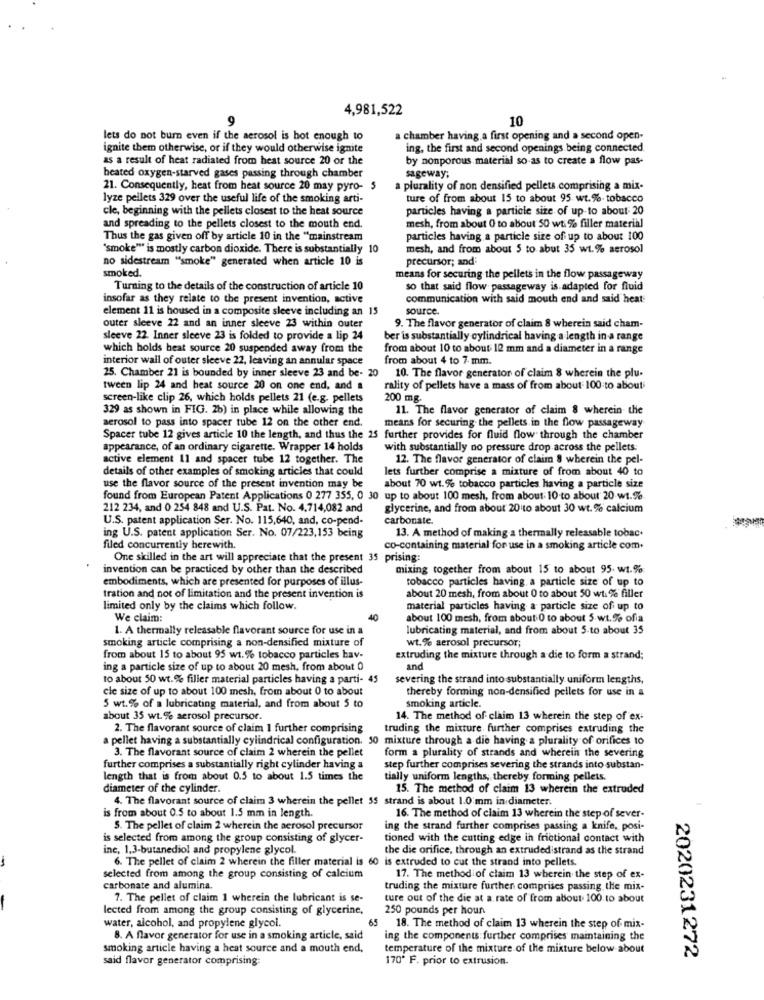
4,981,522
10
lets do not burn even if the aerosol is hot enough to
a chamber having a first opening and a second open-
ignite them otherwise, or if they would otherwise ignite
ing, the first and second openings being connected.
as a result of heat radiated from heat source 20 or the
by nonporous material so as to create a flow pas-
beated oxygen-starved gases passing through chamber
sageway;
21. Consequently, heat from heat source 20 may pyro- 5
a plurality of non densified pellets comprising a mix-
lyze pellets 329 over the useful life of the smoking arti-
ture of from about 15 to about 95. wt.%. tobacco
cle, beginning with the pellets closest to the heat source
particles having a particle size of up to about 20
and spreading to the pellets closest to the mouth end.
mesh, from about 0 to about 50 wt % filler material
Thus the gas given off by article 10 in the "mainstream
particles having a particle size of up to about 100
"smoke"" is mostly carbon dioxide. There is substantially 10
mesh, and from about 5 to abut 35 wt.% aerosol
no sidestream "smoke" generated when article 10 is
precursor; and
smoked.
means for securing the pellets in the flow passageway
Turning to the details of the construction of article 10
so that said flow passageway is adapted for fluid
insofar as they relate to the present invention, active
communication with said mouth end and said heat
element 11 is housed in a composite sleeve including an 15
source.
9. The flavor generator of claim 8 wherein said cham-
outer sleeve 22 and an inner sleeve 23 within outer
sleeve 22. Inner sleeve 23 is folded to provide a lip 24
ber is substantially cylindrical having a length in a range
which holds heat source 20 suspended away from the
from about 10 to about 12 mm and a diameter in a range
interior wall of outer sleeve 22, leaving an annular space
from about 4 to 7- mm.
25. Chamber 21 is bounded by inner sleeve 23 and be- 20 10. The flavor generator of claim 8 wherein the plu-
tween lip 24 and heat source 20 on one end, and a
rality of pellets have a mass of from about 100 to about
screen-like clip 26, which holds pellets 21 (e.g. pellets
200 mg.
329 as shown in FIG. 2b) in place while allowing the
11. The flavor generator of claim 8 wherein the
aerosol to pass into spacer tube 12 on the other end.
means for securing the pellets in the flow passageway
Spacer tube 12 gives article 10 the length, and thus the 25 further provides for fluid flow through the chamber
appearance, of an ordinary cigarette. Wrapper 14 holds
with substantially no pressure drop across the pellets:
active element 11 and spacer tube 12 together. The
12. The flavor generator of claim 8 wherein the pel-
details of other examples of smoking articles that could
lets further comprise a mixture of from about 40 to
use the flavor source of the present invention may be
about 70 wt.% tobacco particles having a particle size
found from European Patent Applications 0 277 355, 0 30 up to about 100 mesh, from about. 10.to about 20 wt.%
212 234, and 0 254 848 and U.S. Pat. No. 4.714,082 and
glycerine, and from about 20 to about 30 wt.% calcium
U.S. patent application Ser. No. 115,640, and, co-pend-
carbonate.
13. A method of making a thermally releasable tobac.
ing U.S. patent application Ser. No. 07/223,153 being
filed concurrently herewith.
co-containing material for use in a smoking article com.
One skilled in the art will appreciate that the present 35 prising:
invention can be practiced by other than the described
mixing together from about 15 to about 95. wt.%
embodiments, which are presented for purposes of illus-
tobacco particles having a particle size of up to
about 20 mesh, from about 0 to about 50 wt. % filler
tration and not of limitation and the present invention is
limited only by the claims which follow.
material particles having a particle size of up to
We claim:
40
about 100 mesh, from about 0 to about 5 wt.% ofia
1. A thermally releasable flavorant source for use in a
lubricating material, and from about 5-to about 35
smoking article comprising a non-densified mixture of
wt.% aerosol precursor;
from about 15 to about 95 wt. % tobacco particles hav-
extruding the mixture through a die to form a strand;
ing a particle size of up to about 20 mesh. from about 0
and
to about 50 wt.% filler material particles having a parti- 45
severing the strand into substantially uniform lengths,
cle size of up to about 100 mesh, from about 0 to about
thereby forming non-densified pellets for use in a
5 wt.% of a lubricating material, and from about 5 to
smoking article.
about 35 wt.% aerosol precursor.
14. The method of claim 13 wherein the step of ex-
2. The flavorant source of claim 1 further comprising
truding the mixture further comprises extruding the
pellet having a substantially cylindrical configuration. 50 mixture through a die having a plurality of orifices to
3. The flavorant source of claim 2 wherein the pellet
form a plurality of strands and wherein the severing
further comprises a substantially right cylinder having a
step further comprises severing the strands into substan-
length that is from about 0.5 to about 1.5 times the
tially uniform lengths, thereby forming pellets.
diameter of the cylinder.
15. The method of claim 13 wherein the extruded
4. The flavorant source of claim 3 wherein the pellet 55 strand is about 1.0 mm in diameter.
is from about 0.5 to about 1.5 mm in length.
16. The method of claim 13 wherein the step of sever-
5. The pellet of claim 2 wherein the aerosol precursor
ing the strand further comprises passing a knife, posi-
is selected from among the group consisting of glycer-
tioned with the cutting edge in frictional contact with
ine, 1,3-butanediol and propylene glycol.
the die orifice, through an extrudedistrand as the strand
6. The pellet of claim 2 wherein the filler material is 60 is extruded to cut the strand into pellets.
selected from among the group consisting of calcium
17. The method of claim 13 wherein the step of ex-
carbonate and alumina.
truding the mixture further comprises passing the mix-
7. The pellet of claim 1 wherein the lubricant is se-
ture out of the die at a rate of from about 100 to about
lected from among the group consisting of glycerine,
250 pounds per hour
water, alcohol, and propylene glycol.
65 18. The method of claim 13 wherein the step of mix-
8. A flavor generator for use in a smoking article, said
ing the components further comprises maintaining the
smoking article having a heat source and a mouth end,
temperature of the mixture of the mixture below about
said flavor generator comprising:
170º F. prior to extrusion.
2020231272